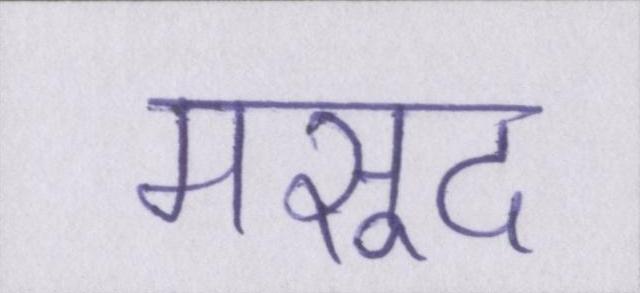
मसूद